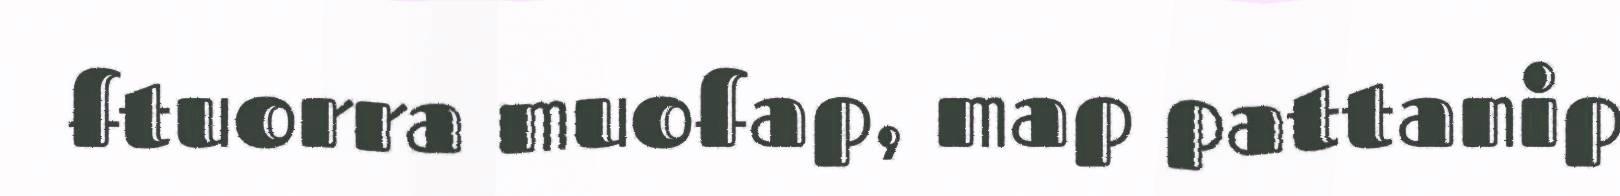
ftuorra muofap, map pattanip